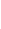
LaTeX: Z\! \! \! \! \! \! \! \! \! \! \! \! ^{s}\! \! \! \! \! \! \! \! \! \! \! \! (\! \! \! \! \! \! \! \! \! \! \! \! \mathbf{x}\! \! \! \! \! \! \! \! \! \! \! \! _{\! }\! \! \! \! \! \! \! \! \! \! \! 0\! \! \! \! \! \! \! \! \! \! \! \! )\! \! \! \! \! \! \! \! \! \! \! \! \! \! \! \! \! \! \! \! \! \! \! \! =\! \! \! \! \! \! \! \! \! \! \! \! \! \! \! \! \! \! \! \! \! \! \! \! 0\! \! \! \! \! \! \! \! \! \! \!